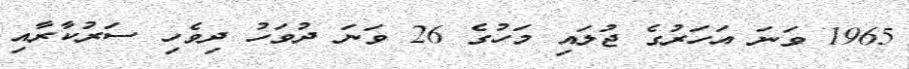
1965 ވަނަ އަހަރުގެ ޖުލައި މަހުގެ 26 ވަނަ ދުވަހު ދިވެހި ސަރުކާރާއި